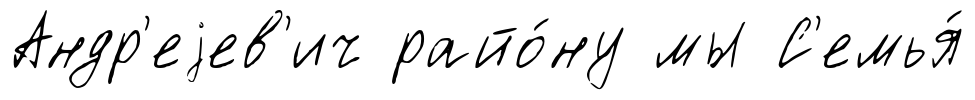
Андр'еjев'ич райо́ну мы С'емья́